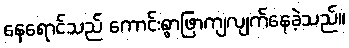
နေရောင်သည် ကောင်းစွာဖြာကျလျက်နေခဲ့သည်။